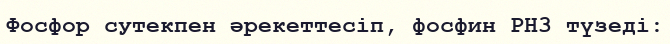
Фосфор сутекпен әрекеттесіп, фосфин РН3 түзеді: